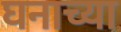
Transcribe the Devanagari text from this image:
घनाच्या